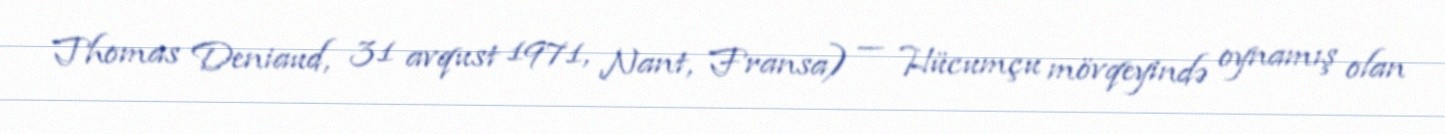
Thomas Deniaud, 31 avqust 1971, Nant, Fransa) — Hücumçu mövqeyində oynamış olan